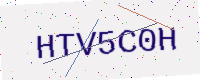
Text: HTV5C0H